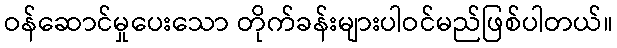
ဝန်ဆောင်မှုပေးသော တိုက်ခန်းများပါဝင်မည်ဖြစ်ပါတယ်။